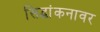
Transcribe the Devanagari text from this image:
सिद्धांकनावर